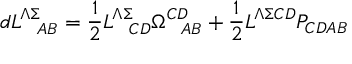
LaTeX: d L _ { \ \ A B } ^ { \Lambda \Sigma } = { \frac { 1 } { 2 } } L _ { \ \ C D } ^ { \Lambda \Sigma } \Omega _ { \ \ A B } ^ { C D } + { \frac { 1 } { 2 } } L ^ { \Lambda \Sigma C D } P _ { C D A B }